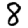
Digit: 8